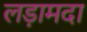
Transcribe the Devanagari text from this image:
लड़ामदा